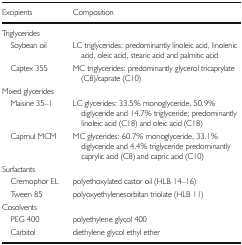
<table><thead><tr><td><b>Excipients</b></td><td><b>Composition</b></td></tr></thead><tbody><tr><td colspan="2">Triglycerides</td></tr><tr><td> Soybean oil</td><td>LC triglycerides: predominantly linoleic acid, linolenic acid, oleic acid, stearic acid and palmitic acid</td></tr><tr><td> Captex 355</td><td>MC triglycerides: predominantly glycerol tricaprylate (C8)/caprate (C10)</td></tr><tr><td colspan="2">Mixed glycerides</td></tr><tr><td> Maisine 35–1</td><td>LC glycerides: 33.5% monoglyceride, 50.9% diglyceride and 14.7% triglyceride; predominantly linoleic acid (C18) and oleic acid (C18)</td></tr><tr><td> Capmul MCM</td><td>MC glycerides: 60.7% monoglyceride, 33.1% diglyceride and 4.4% triglyceride predominantly caprylic acid (C8) and capric acid (C10)</td></tr><tr><td colspan="2">Surfactants</td></tr><tr><td> Cremophor EL</td><td>polyethoxylated castor oil (HLB 14–16)</td></tr><tr><td> Tween 85</td><td>polyoxyethylenesorbitan triolate (HLB 11)</td></tr><tr><td colspan="2">Cosolvents</td></tr><tr><td> PEG 400</td><td>polyethylene glycol 400</td></tr><tr><td> Carbitol</td><td>diethylene glycol ethyl ether</td></tr></tbody></table>